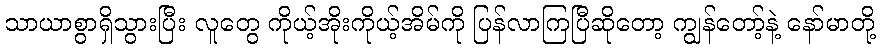
သာယာစွာရှိသွားပြီး လူတွေ ကိုယ့်အိုးကိုယ့်အိမ်ကို ပြန်လာကြပြီဆိုတော့ ကျွန်တော့်နဲ့ နော်မာတို့